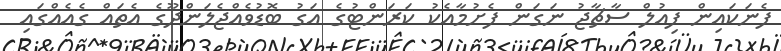
ފެނަކައިން ފިއުލް ސާޗާޖު ނަގަން ފެށުމާއެކު ކަރަންޓުގެ އަގު ބޮޑުވެއްޖެލަންދޫގެ އެތައް ގެއެއްގައި